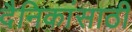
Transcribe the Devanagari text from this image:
दैनिकांसाठी